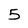
Character: 5